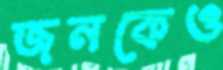
জনকেও